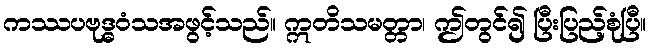
ကဿပဗုဒ္ဓဝံသအဖွင့်သည်။ ဣတိသမတ္တာ၊ ဤတွင်၍ ပြီးပြည့်စုံပြီ။